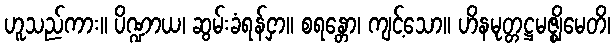
ဟူသည်ကား။ ပိဏ္ဍာယ၊ ဆွမ်းခံရန်ငှာ။ စရန္တော၊ ကျင့်သော။ ဟိနမုတ္တဋ္ဌမဇ္ဈိမေတိ၊